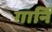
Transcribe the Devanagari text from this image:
गार्नि